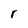
Character: r